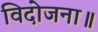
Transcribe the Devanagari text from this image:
विदोजना॥